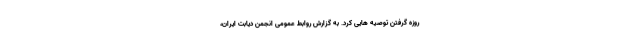
روزه گرفتن توصیه هایی کرد. به گزارش روابط عمومی انجمن دیابت ایران،